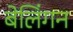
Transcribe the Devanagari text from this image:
बेलिंगन